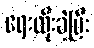
ရေးထိုးခဲ့ပြီး